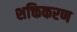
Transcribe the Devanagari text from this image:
शक्तिकरण